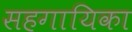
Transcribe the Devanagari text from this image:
सहगायिका